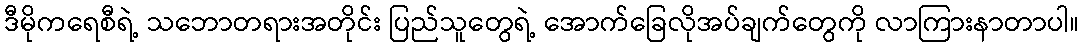
ဒီမိုကရေစီရဲ့ သဘောတရားအတိုင်း ပြည်သူတွေရဲ့ အောက်ခြေလိုအပ်ချက်တွေကို လာကြားနာတာပါ။